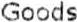
GOODS